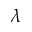
\lambda